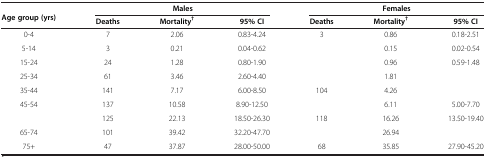
<table><thead><tr><td><b>Age group (yrs)</b></td><td colspan="3"><b>Males</b></td><td colspan="3"><b>Females</b></td></tr><tr><td>[EMPTY_CELL]</td><td><b>Deaths</b></td><td><b>Mortality<sup>†</sup></b></td><td><b>95% CI</b></td><td><b>Deaths</b></td><td><b>Mortality<sup>†</sup></b></td><td><b>95% CI</b></td></tr></thead><tbody><tr><td>0-4</td><td>7</td><td>2.06</td><td>0.83-4.24</td><td>3</td><td>0.86</td><td>0.18-2.51</td></tr><tr><td>5-14</td><td>3</td><td>0.21</td><td>0.04-0.62</td><td>[EMPTY_CELL]</td><td>0.15</td><td>0.02-0.54</td></tr><tr><td>15-24</td><td>24</td><td>1.28</td><td>0.80-1.90</td><td>[EMPTY_CELL]</td><td>0.96</td><td>0.59-1.48</td></tr><tr><td>25-34</td><td>61</td><td>3.46</td><td>2.60-4.40</td><td>[EMPTY_CELL]</td><td>1.81</td><td>[EMPTY_CELL]</td></tr><tr><td>35-44</td><td>141</td><td>7.17</td><td>6.00-8.50</td><td>104</td><td>4.26</td><td>[EMPTY_CELL]</td></tr><tr><td>45-54</td><td>137</td><td>10.58</td><td>8.90-12.50</td><td>[EMPTY_CELL]</td><td>6.11</td><td>5.00-7.70</td></tr><tr><td>[EMPTY_CELL]</td><td>125</td><td>22.13</td><td>18.50-26.30</td><td>118</td><td>16.26</td><td>13.50-19.40</td></tr><tr><td>65-74</td><td>101</td><td>39.42</td><td>32.20-47.70</td><td>[EMPTY_CELL]</td><td>26.94</td><td>[EMPTY_CELL]</td></tr><tr><td>75+</td><td>47</td><td>37.87</td><td>28.00-50.00</td><td>68</td><td>35.85</td><td>27.90-45.20</td></tr></tbody></table>